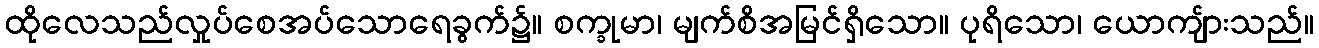
ထိုလေသည်လှုပ်စေအပ်သောရေခွက်၌။ စက္ခုမာ၊ မျက်စိအမြင်ရှိသော။ ပုရိသော၊ ယောကျ်ားသည်။